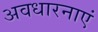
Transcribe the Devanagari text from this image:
अवधारनाएं